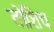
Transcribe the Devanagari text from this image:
तोशिच